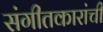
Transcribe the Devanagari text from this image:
संगीतकारांची